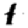
Digit: 1